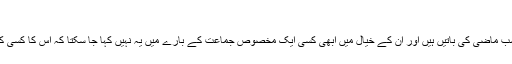
‘
عامر رانا نے کہا کہ یہ سب ماضی کی باتیں ہیں اور ان کے خیال میں ابھی کسی ایک مخصوص جماعت کے بارے میں یہ نہیں کہا جا سکتا کہ اس کا کسی کالعدم تنظیم سے اتحاد ہے۔